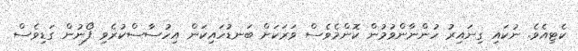
ކެޓިއެވެ. ނުކައި ގިނައިރު ހުންނާންވުމުން ކޮންމެވެސް ވަރަކަށް ބަނޑުހައިކަން އިހުސާސްކުރެވި ފޯނުން ގަޑިވެސް